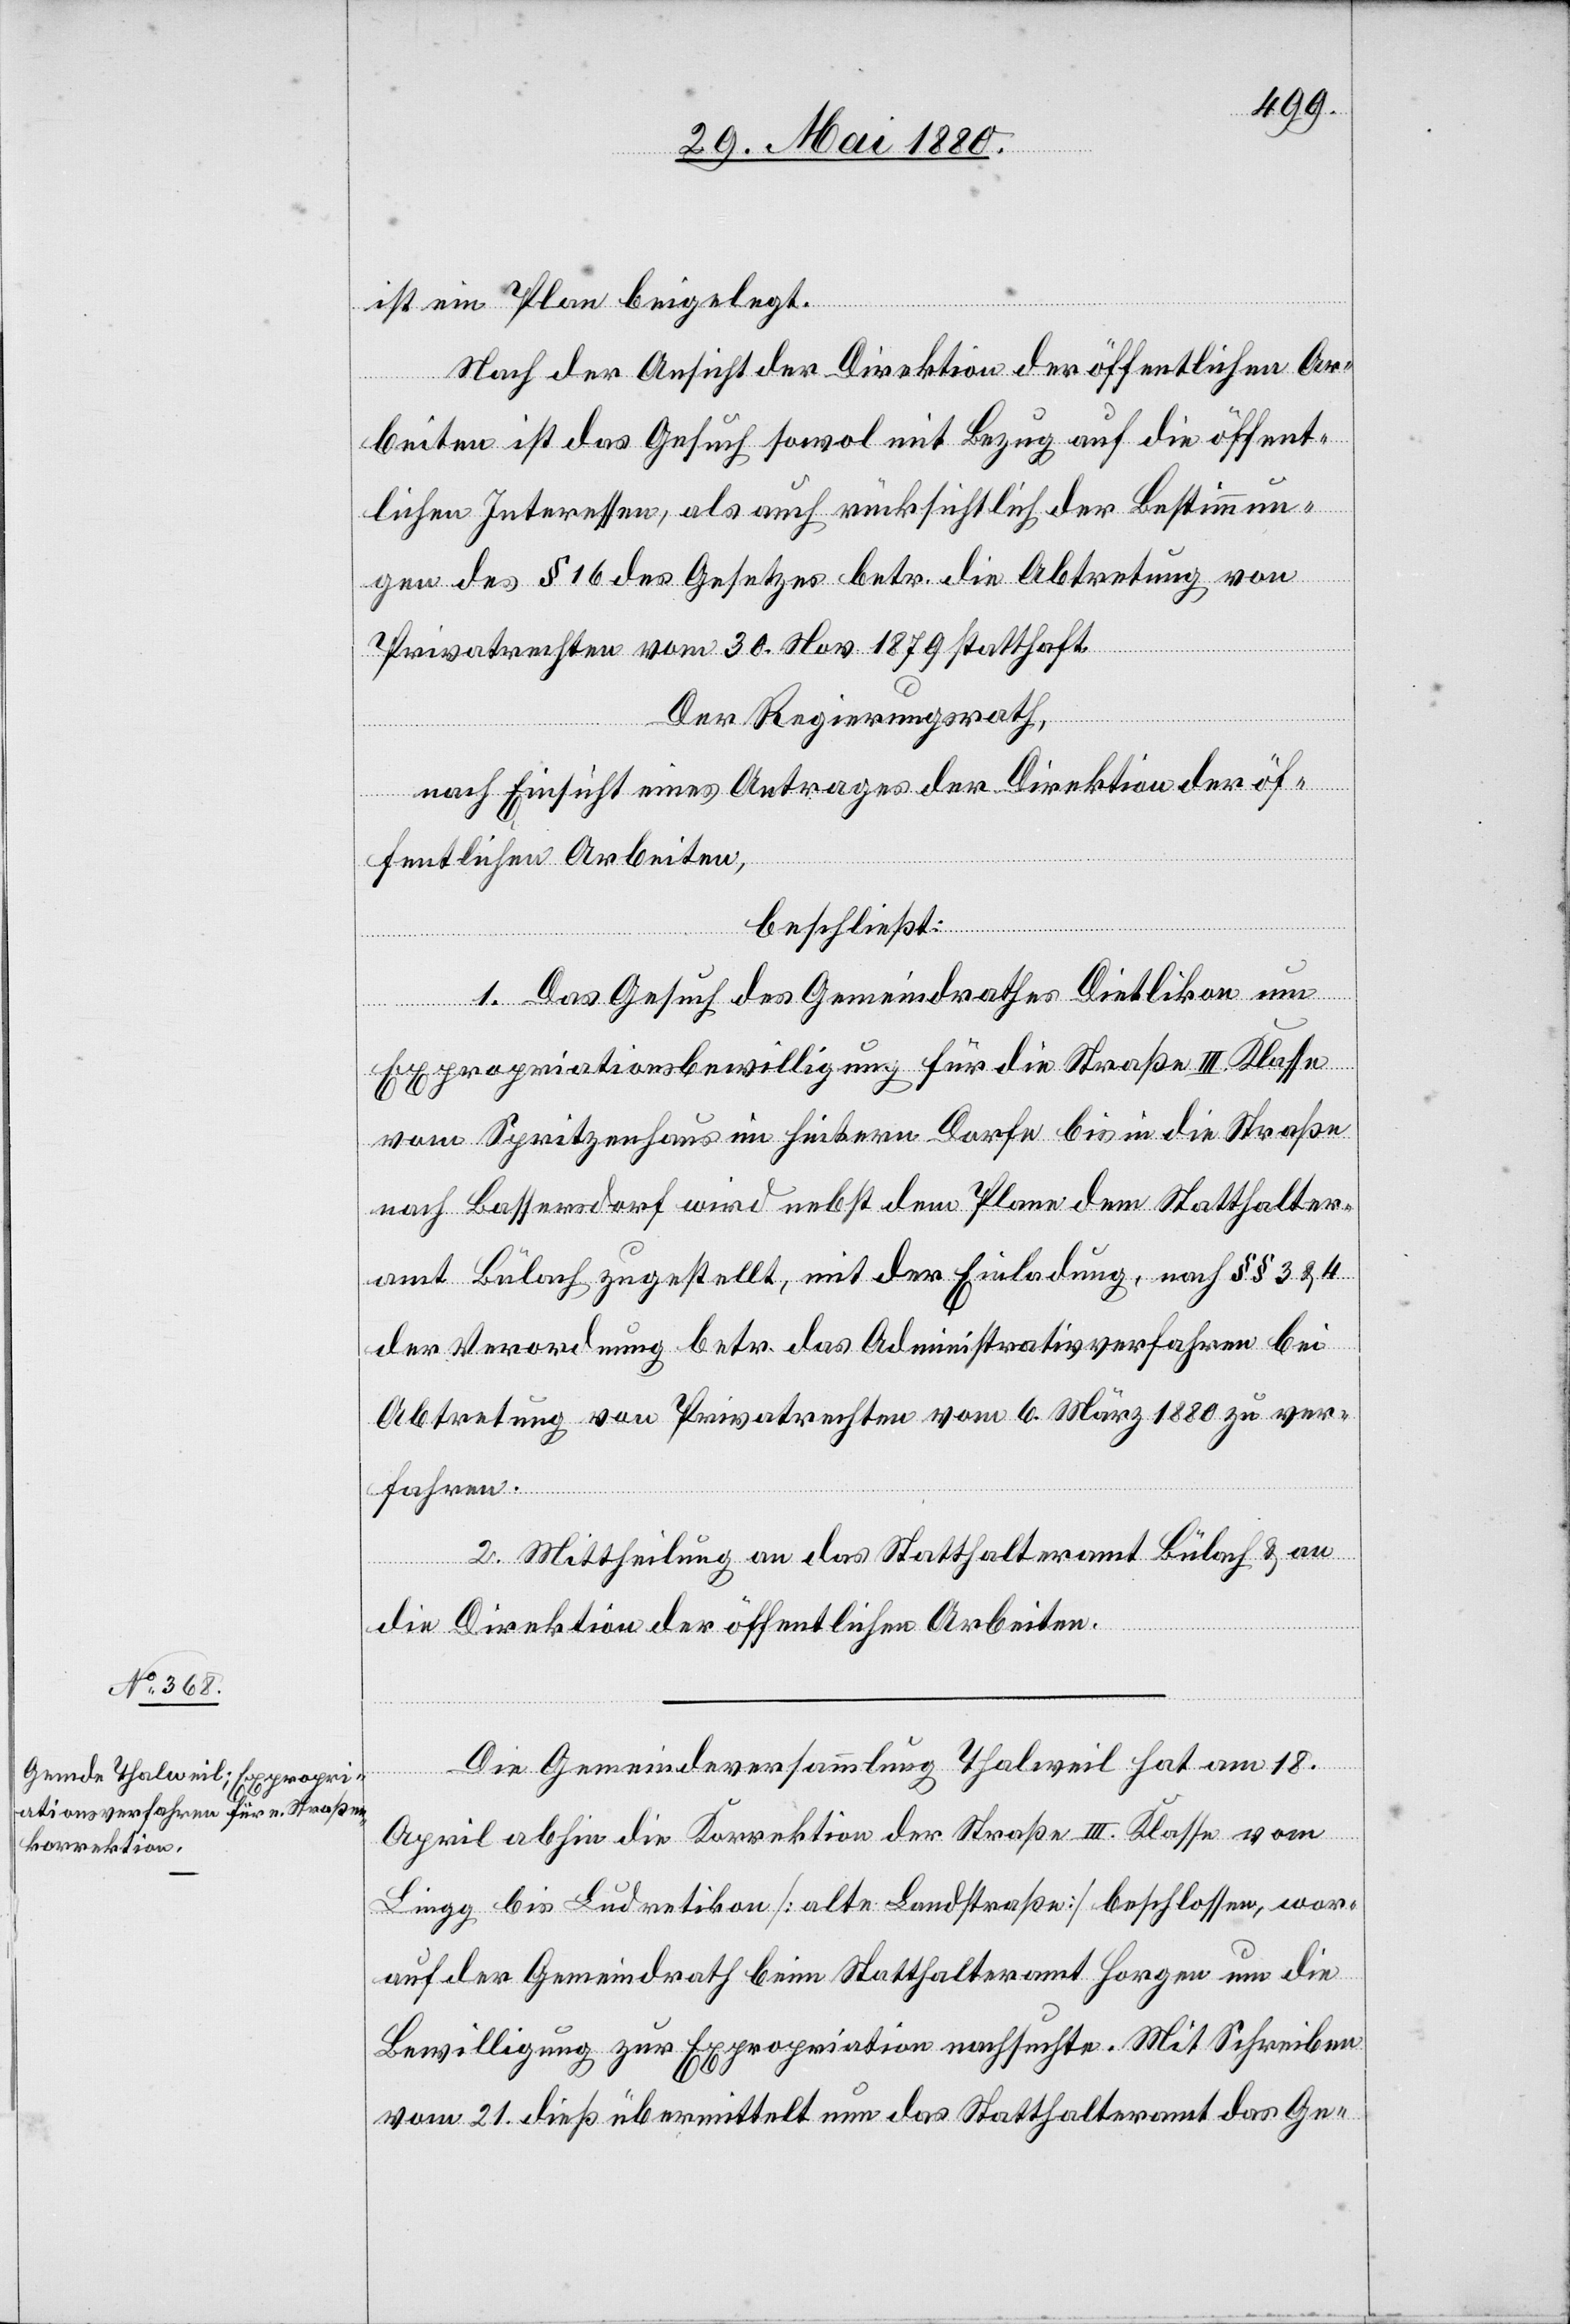
ist ein Plan beigelegt.
Nach der Ansicht der Direktion der öffentlichen Ar¬
beiten ist das Gesuch sowol mit Bezug auf die öffent¬
lichen Interessen, als auch rücksichtlich der Bestimmun¬
gen des § 16 des Gesetzes betr. die Abtretung von
Privatrechten vom 30. Nov. 1879 statthaft.
Der Regierungsrath,
nach Einsicht eines Antrages der Direktion der öf¬
fentlichen Arbeiten,
beschließt:
1. Das Gesuch des Gemeindrathes Dietlikon um
Expropriationsbewilligung für die Straße III. Klasse
vom Spritzenhaus im hintern Dorfe bis in die Straße
nach Bassersdorf wird nebst dem Plane dem Statthalter¬
amt Bülach zugestellt, mit der Einladung, nach §§ 3 & 4
der Verordnung betr. das Administrativverfahren bei
Abtretung von Privatrechten vom 6. März 1880 zu ver¬
fahren.
2. Mittheilung an das Statthalteramt Bülach & an
die Direktion der öffentlichen Arbeiten.
Die Gemeindeversammlung Thalweil hat am 18.
April abhin die Korrektion der Straße III. Klasse vom
Lingg bis Ludretikon [alte Landstraße] beschlossen, wor¬
auf der Gemeindrath beim Statthalteramt Horgen um die
Bewilligung zur Expropriation nachsuchte. Mit Schreiben
vom 21. dieß übermittelt nun das Statthalteramt das Ge-